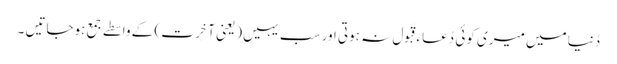
دُنیا میں میری کوئی دُعاء قَبول نہ ہوتی اور سب یہیں (یعنی آخِرت ) کے واسِطے جمع ہوجاتیں ۔